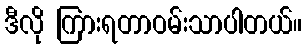
ဒီလို ကြားရတာဝမ်းသာပါတယ်။